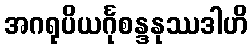
အဂရုပိယင်္ဂုစန္ဒနုဿဒါဟိ